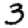
Digit: 3